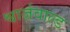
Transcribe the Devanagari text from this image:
श्वार्ज़वाल्ड